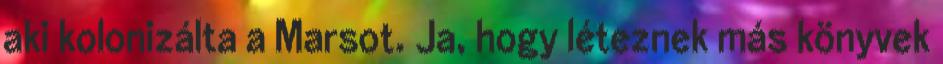
aki kolonizálta a Marsot. Ja, hogy léteznek más könyvek